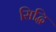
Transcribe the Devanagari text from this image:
सिद्घि